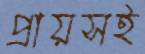
প্রায়সই